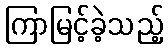
ကြာမြင့်ခဲ့သည့်